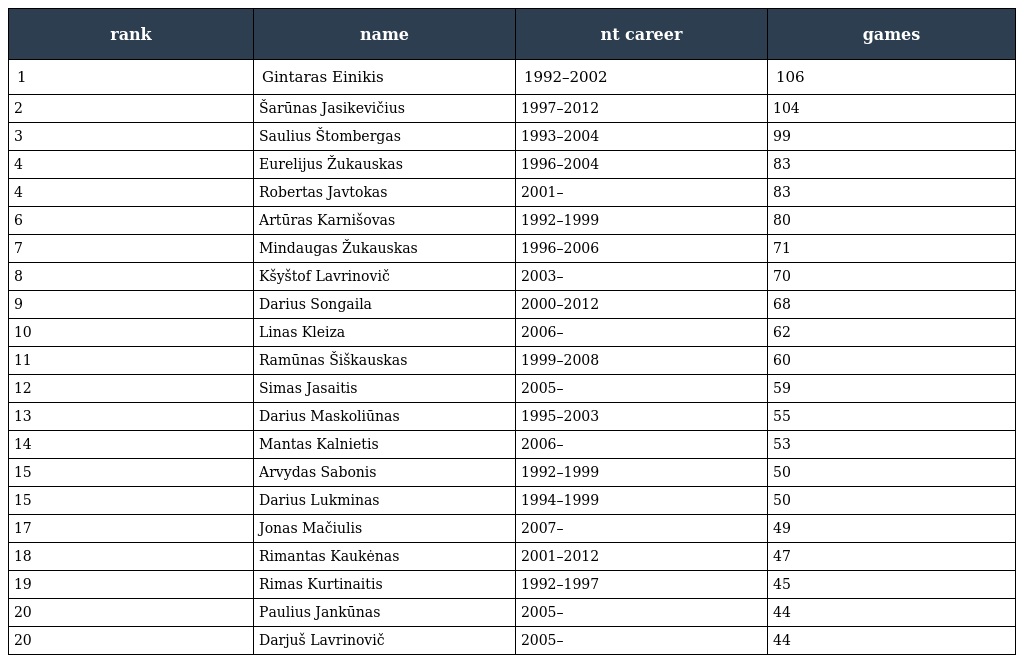
| rank | name | nt career | games |
 | --- | --- | --- | --- |
 | 1 | Gintaras Einikis | 1992–2002 | 106 |
 | 2 | Šarūnas Jasikevičius | 1997–2012 | 104 |
 | 3 | Saulius Štombergas | 1993–2004 | 99 |
 | 4 | Eurelijus Žukauskas | 1996–2004 | 83 |
 | 4 | Robertas Javtokas | 2001– | 83 |
 | 6 | Artūras Karnišovas | 1992–1999 | 80 |
 | 7 | Mindaugas Žukauskas | 1996–2006 | 71 |
 | 8 | Kšyštof Lavrinovič | 2003– | 70 |
 | 9 | Darius Songaila | 2000–2012 | 68 |
 | 10 | Linas Kleiza | 2006– | 62 |
 | 11 | Ramūnas Šiškauskas | 1999–2008 | 60 |
 | 12 | Simas Jasaitis | 2005– | 59 |
 | 13 | Darius Maskoliūnas | 1995–2003 | 55 |
 | 14 | Mantas Kalnietis | 2006– | 53 |
 | 15 | Arvydas Sabonis | 1992–1999 | 50 |
 | 15 | Darius Lukminas | 1994–1999 | 50 |
 | 17 | Jonas Mačiulis | 2007– | 49 |
 | 18 | Rimantas Kaukėnas | 2001–2012 | 47 |
 | 19 | Rimas Kurtinaitis | 1992–1997 | 45 |
 | 20 | Paulius Jankūnas | 2005– | 44 |
 | 20 | Darjuš Lavrinovič | 2005– | 44 |